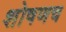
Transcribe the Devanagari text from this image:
शोषणच